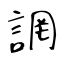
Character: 誷